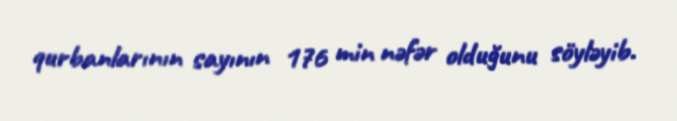
qurbanlarının sayının 176 min nəfər olduğunu söyləyib.